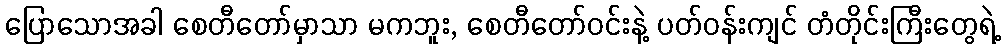
ပြောသောအခါ စေတီတော်မှာသာ မကဘူး, စေတီတော်ဝင်းနဲ့ ပတ်ဝန်းကျင် တံတိုင်းကြီးတွေရဲ့